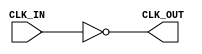
module InvertingClockBuffer (
    input wire CLK_IN,   // Input clock signal
    output wire CLK_OUT   // Inverted output clock signal
);

// Inverting the clock signal
assign CLK_OUT = ~CLK_IN;

endmodule